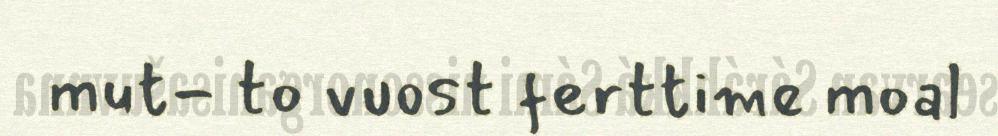
mut- to vuost ferttime moal